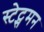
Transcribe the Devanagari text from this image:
स्टेट्समन